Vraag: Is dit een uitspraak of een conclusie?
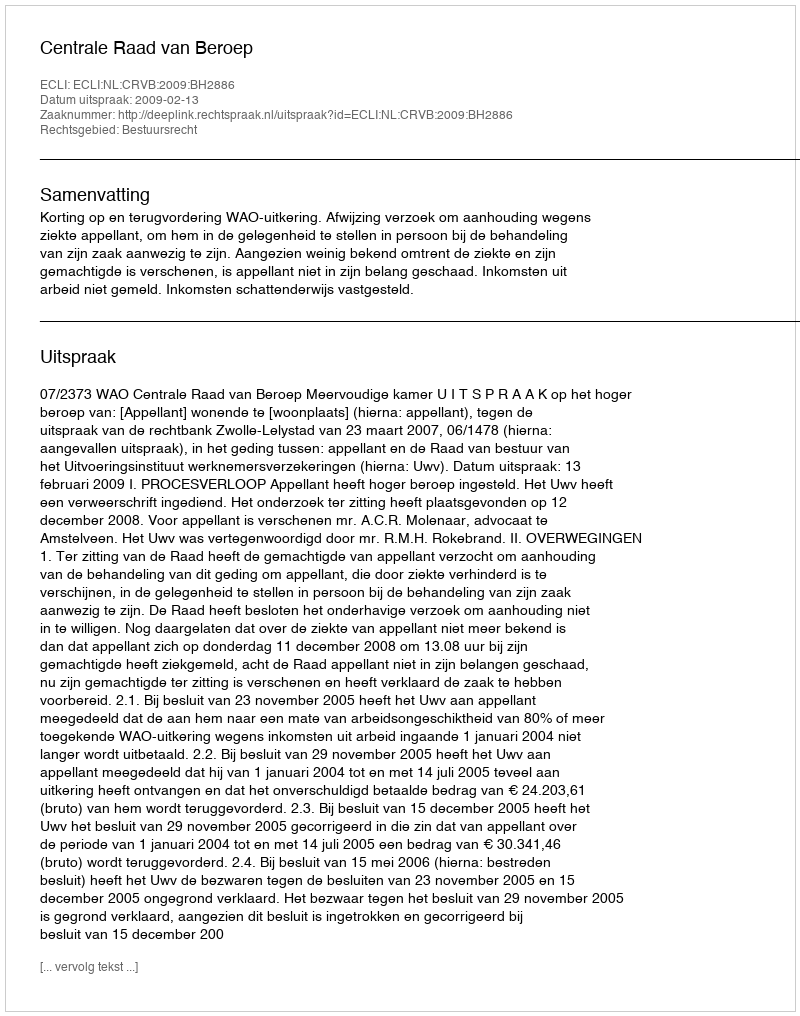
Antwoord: Uitspraak